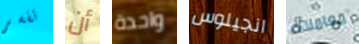
تفسر أن واحدة انجيلوس معاملتك